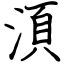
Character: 湏